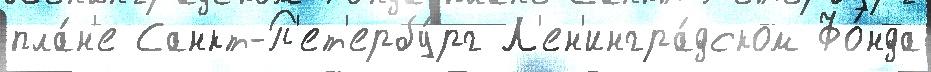
пла́н'е Санкт-П'ет'ербу́рг Л'ен'ингра́дском Фо́нда